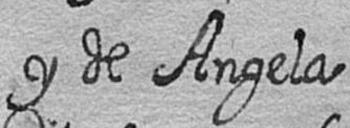
y de Angela